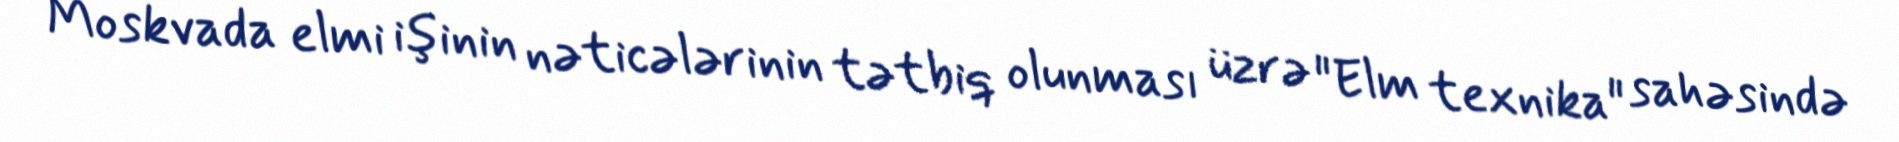
Moskvada elmi işinin nəticələrinin tətbiq olunması üzrə "Elm texnika" sahəsində